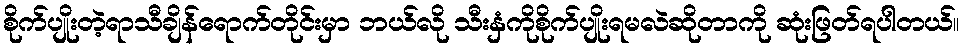
စိုက်ပျိုးတဲ့ရာသီချိန်ရောက်တိုင်းမှာ ဘယ်လို သီးနှံကိုစိုက်ပျိုးရမလဲဆိုတာကို ဆုံးဖြတ်ရပါတယ်။